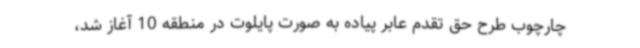
چارچوب طرح حق تقدم عابر پیاده به صورت پایلوت در منطقه 10 آغاز شد،